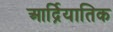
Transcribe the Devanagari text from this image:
आर्द्रियातिक